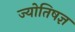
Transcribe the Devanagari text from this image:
ज्योतिषज्ञ